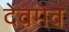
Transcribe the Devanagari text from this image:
देवमेव